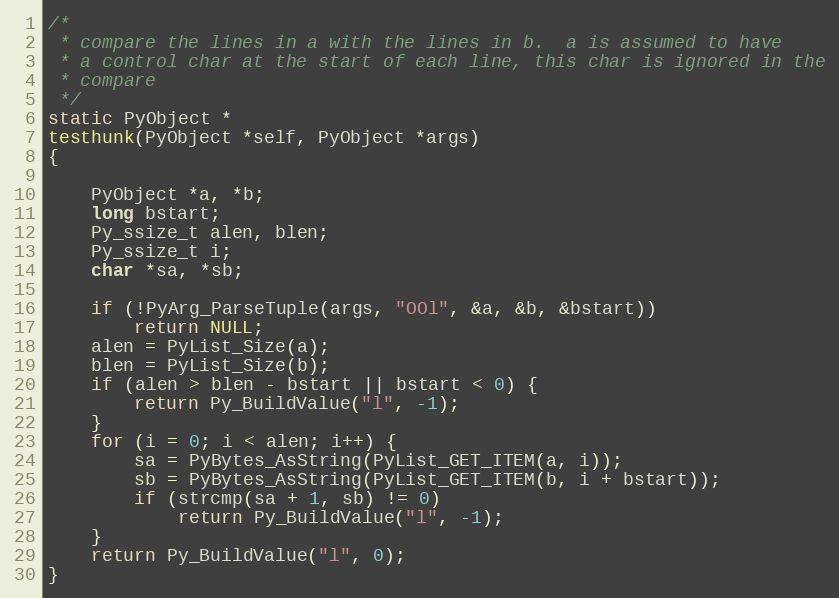
Language: C
/*
 * compare the lines in a with the lines in b.  a is assumed to have
 * a control char at the start of each line, this char is ignored in the
 * compare
 */
static PyObject *
testhunk(PyObject *self, PyObject *args)
{

	PyObject *a, *b;
	long bstart;
	Py_ssize_t alen, blen;
	Py_ssize_t i;
	char *sa, *sb;

	if (!PyArg_ParseTuple(args, "OOl", &a, &b, &bstart))
		return NULL;
	alen = PyList_Size(a);
	blen = PyList_Size(b);
	if (alen > blen - bstart || bstart < 0) {
		return Py_BuildValue("l", -1);
	}
	for (i = 0; i < alen; i++) {
		sa = PyBytes_AsString(PyList_GET_ITEM(a, i));
		sb = PyBytes_AsString(PyList_GET_ITEM(b, i + bstart));
		if (strcmp(sa + 1, sb) != 0)
			return Py_BuildValue("l", -1);
	}
	return Py_BuildValue("l", 0);
}